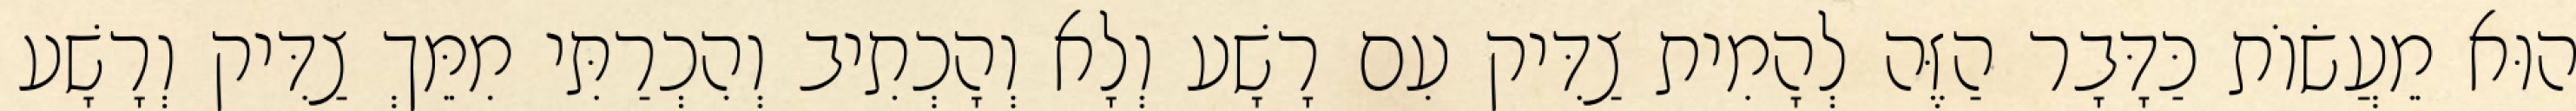
הוּא מֵעֲשׂוֹת כַּדָּבָר הַזֶּה לְהָמִית צַדִּיק עִם רָשָׁע וְלָא וְהָכְתִיב וְהִכְרַתִּי מִמֵּךְ צַדִּיק וְרָשָׁע